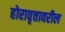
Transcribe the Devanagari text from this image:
होरावृत्तावरील